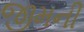
જીમની